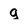
Character: g